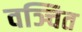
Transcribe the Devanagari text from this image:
वञ्चित